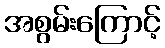
အစွမ်းကြောင့်